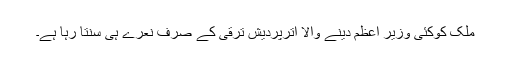
ملک کوکئی وزیر اعظم دینے والا اترپردیش ترقی کے صرف نعرے ہی سنتا رہا ہے۔